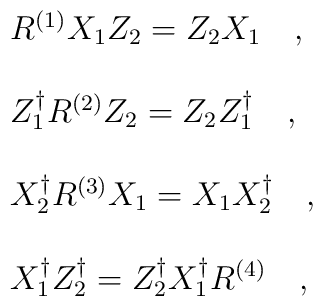
\begin{array}{l}R^{(1)} X_{1} Z_{2} =  Z_{2} X_{1}\quad ,\\\, \\Z_{1}^{\dagger} R^{(2)} Z_{2} =  Z_{2} Z_{1}^{\dagger}\quad ,\\\, \\X_{2}^{\dagger} R^{(3)} X_{1}  = X_{1} X_{2}^{\dagger}\quad ,\\\, \\X_{1}^{\dagger} Z_{2}^{\dagger} = Z_{2}^{\dagger} X_{1}^{\dagger}R^{(4)}\quad ,\end{array}